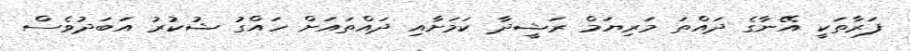
ފަރާތަކީ އޭނާގެ ދައްތަ މަރިޔަމް ރަޝީދާ ކަމަށާއި ދައްތައަށް ހައްގު ޝުކުރު އަބަދުވެސް